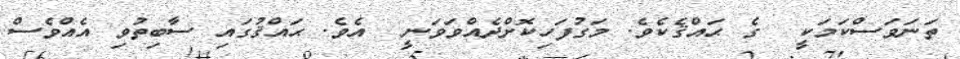
ތަނަވަސްކަމަކީ  ގެ ޙައްޤެކެވެ. މަގުފަހިކޮށްދެއްވަވަނީ  އެވެ. ޙައްޤުގައި ސާބިތުވި އެއްވެސް